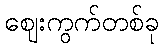
ဈေးကွက်တစ်ခု